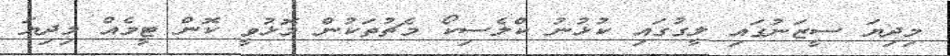
މިދިޔަ ސީޒަނުގައި ލީގުގައި ކުޅުނު ކްލެސިކޯ މެޗުތަކުން މޮޅުވީ ކޮން ޓީމެއް މިދިޔަ